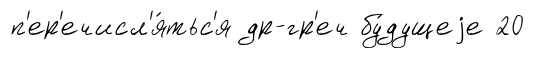
п'ер'ечисл'я́тьс'я др-гр'еч бу́дущеjе 20